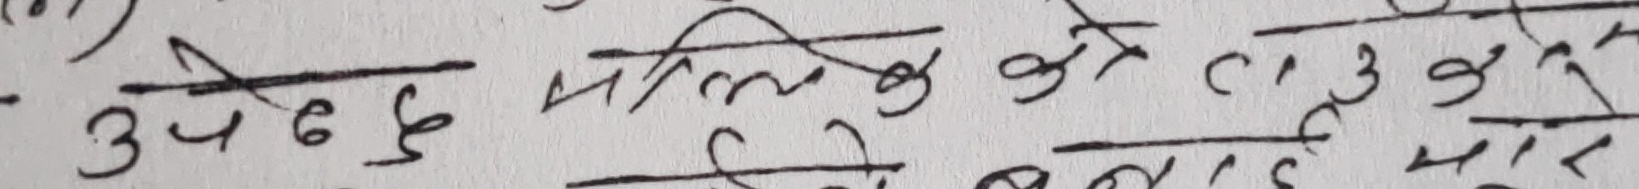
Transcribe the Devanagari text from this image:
उपरोक्त मालिक के लागु